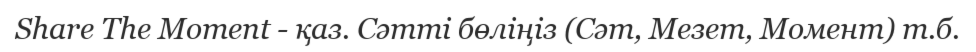
Share The Moment - қаз. Сәтті бөліңіз (Сәт, Мезет, Момент) т.б.